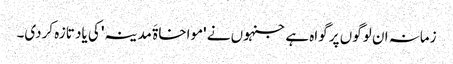
زمانہ ان لوگوں پر گواہ ہے جنہوں نے 'مواخاۃَ مدینہ' کی یاد تازہ کردی۔